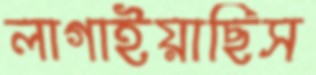
লাগাইয়াছিস